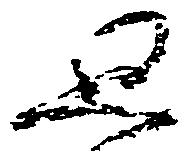
思